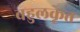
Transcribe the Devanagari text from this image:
बहुलकृत